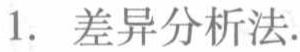
1. 差异分析法.